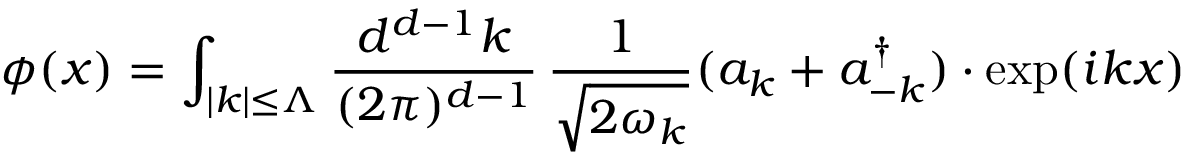
\phi ( x ) = \int _ { | k | \le \Lambda } { \frac { d ^ { d - 1 } k } { ( 2 \pi ) ^ { d - 1 } } } \, { \frac { 1 } { \sqrt { 2 \omega _ { k } } } } ( a _ { k } + a _ { - k } ^ { \dagger } ) \cdot \exp ( i k x )